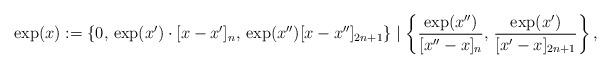
LaTeX: \begin{align*} \exp(x):=\left\{ 0,\,\exp(x')\cdot[x-x']_{n},\,\exp(x'')[x-x'']_{2n+1}\right\} \mid\left\{ \frac{\exp(x'')}{[x''-x]_{n}},\,\frac{\exp(x')}{[x'-x]_{2n+1}}\right\}, \end{align*}